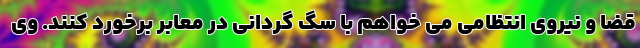
قضا و نیروی انتظامی می خواهم با سگ گردانی در معابر برخورد کنند. وی